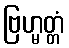
ဗြဟ္မတ္တံ